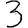
Digit: 3